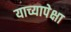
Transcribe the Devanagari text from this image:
याच्यापेक्षा